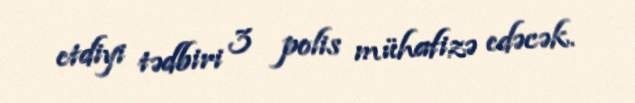
etdiyi tədbiri 3 polis mühafizə edəcək.